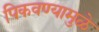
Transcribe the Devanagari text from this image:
पिकवण्यामुळे